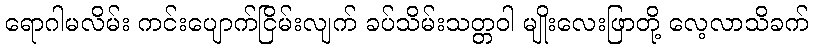
ရောဂါမလိမ်း ကင်းပျောက်ငြိမ်းလျက် ခပ်သိမ်းသတ္တဝါ မျိုးလေးဖြာတို့ လေ့လာသိခက်